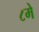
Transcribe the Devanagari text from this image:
८मे